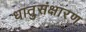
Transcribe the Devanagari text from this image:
धातुसंक्षारण